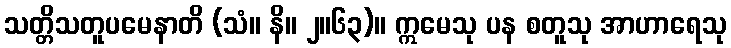
သတ္တိသတူပမေနာတိ (သံ။ နိ။ ၂။၆၃)။ ဣမေသု ပန စတူသု အာဟာရေသု